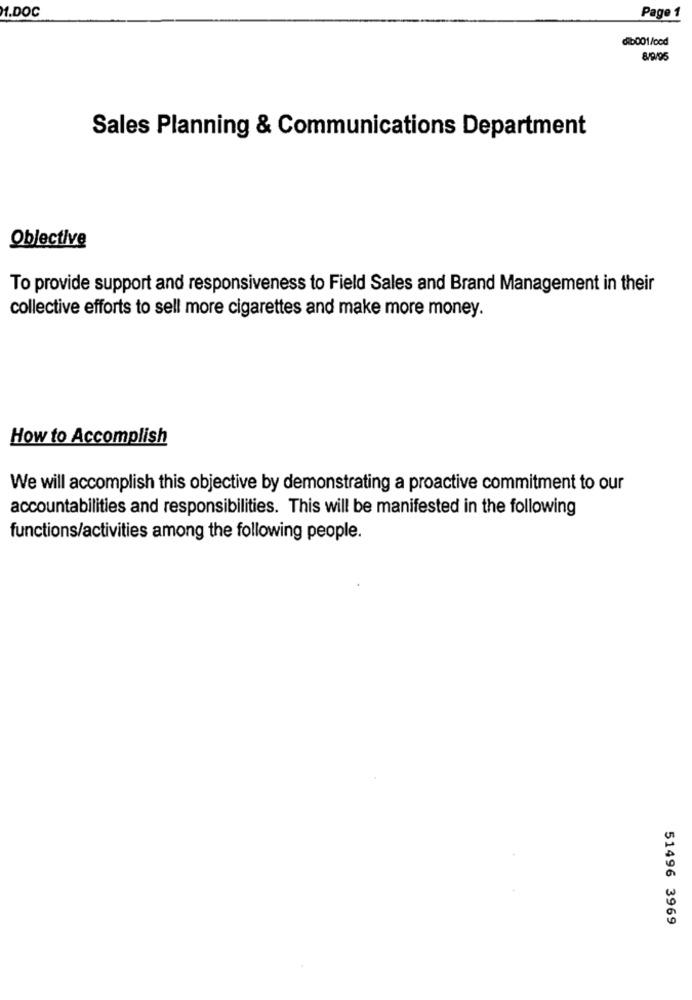
M.DOC
Page 1
dib001/ocd
8/9/95
Sales Planning & Communications Department
Objective
To provide support and responsiveness to Field Sales and Brand Management in their
collective efforts to sell more cigarettes and make more money.
How to Accomplish
We will accomplish this objective by demonstrating a proactive commitment to our
accountabilities and responsibilities. This will be manifested in the following
functions/activities among the following people.
51496 3969